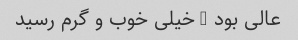
عالی بود … خیلی خوب و گرم رسید